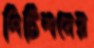
পিটিশনের